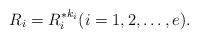
LaTeX: \begin{align*}R_i={R^*_i}^{k_i}(i=1,2,\ldots,e).\end{align*}